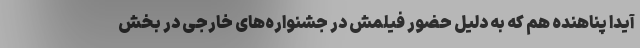
آیدا پناهنده هم که به دلیل حضور فیلمش در جشنواره‌های خارجی در بخش